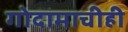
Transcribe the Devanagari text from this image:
गोदामाचीही